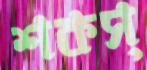
শকস্